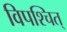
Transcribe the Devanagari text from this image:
विपश्चित्‌